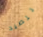
للصيد